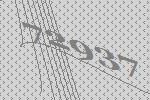
72937